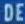
DEE